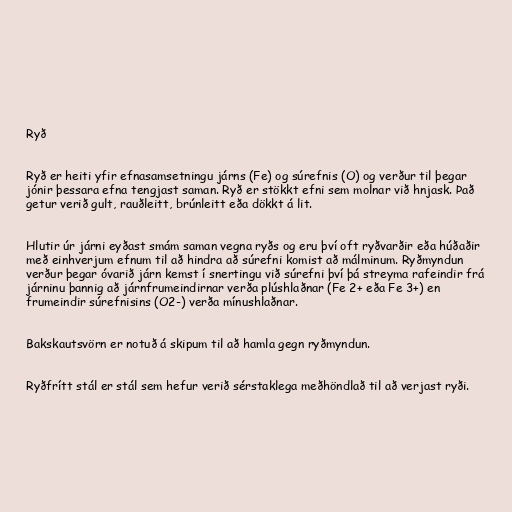
Ryð

Ryð er heiti yfir efnasamsetningu járns (Fe) og súrefnis (O) og verður til þegar
jónir þessara efna tengjast saman. Ryð er stökkt efni sem molnar við hnjask. Það
getur verið gult, rauðleitt, brúnleitt eða dökkt á lit.

Hlutir úr járni eyðast smám saman vegna ryðs og eru því oft ryðvarðir eða húðaðir
með einhverjum efnum til að hindra að súrefni komist að málminum. Ryðmyndun
verður þegar óvarið járn kemst í snertingu við súrefni því þá streyma rafeindir frá
járninu þannig að járnfrumeindirnar verða plúshlaðnar (Fe 2+ eða Fe 3+) en
frumeindir súrefnisins (O2-) verða mínushlaðnar.

Bakskautsvörn er notuð á skipum til að hamla gegn ryðmyndun.

Ryðfrítt stál er stál sem hefur verið sérstaklega meðhöndlað til að verjast ryði.